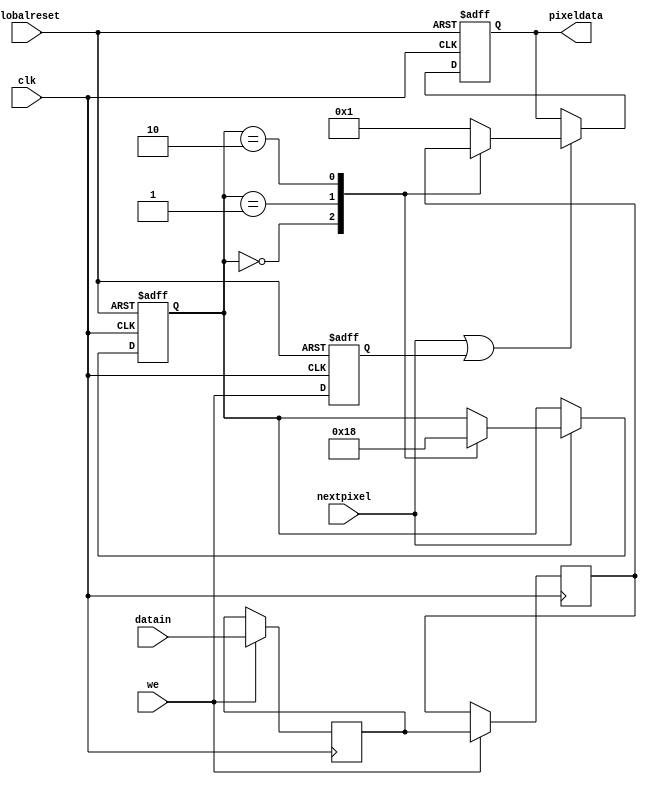
module scanline_1 (nextpixel, we, datain, pixeldata, globalreset, clk);
    input nextpixel; 
    input we; 
    input[62:0] datain; 
    output[20:0] pixeldata; 
    reg[20:0] pixeldata;
    input globalreset; 
    input clk; 
    reg[6:0] addr; 
    reg[6:0] waddr; 
    reg[6:0] raddr; 
    reg[1:0] subitem; 
    reg wedelayed; 
    reg[62:0]mem1; 
    reg[62:0]mem2; 
    wire[62:0] mdataout; 
    assign mdataout = mem2 ;
    always @(posedge clk or posedge globalreset)
    begin
       if (globalreset == 1'b1)
       begin
          subitem <= 2'b00 ; 
          waddr <= 1;
          raddr <= 1;
          wedelayed <= 1'b0 ; 
          pixeldata <= 1;
       end
       else
       begin
          wedelayed <= we ; 
          if (nextpixel == 1'b1 | wedelayed == 1'b1)
          begin
             case (subitem)
                2'b00 :
                         begin
                            pixeldata <= mdataout[62:42] ; 
                         end
                2'b01 :
                         begin
                            pixeldata <= mdataout[41:21] ; 
                         end
                2'b10 :
                         begin
                            pixeldata <= mdataout[20:0] ; 
                         end
                default :
                         begin
                            pixeldata <= 1;
                         end
             endcase 
          end 
          if (nextpixel == 1'b1)
          begin
             case (subitem)
                2'b00 :
                         begin
                            subitem <= 2'b01 ; 
                         end
                2'b01 :
                         begin
                            subitem <= 2'b10 ; 
                         end
                2'b10 :
                         begin
                            subitem <= 2'b00 ; 
                            if (raddr != 7'b1101010)
                            begin
                               raddr <= raddr + 1 ; 
                            end
                            else
                            begin
                               raddr <= 1;
                            end 
                         end
             endcase 
          end 
          if (we == 1'b1)
          begin
             if (waddr != 7'b1101010)
             begin
                waddr <= waddr + 1 ; 
             end
             else
             begin
                waddr <= 1;
             end 
          end 
       end 
     end 
	always @(posedge clk)
	begin
       addr <= raddr ; 
       if (we == 1'b1)
       begin
          mem1 <= datain ; 
          mem2 <= mem1 ; 
       end  
	end
 endmodule